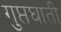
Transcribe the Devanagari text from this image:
गुप्तघाती